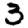
Digit: 3